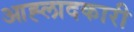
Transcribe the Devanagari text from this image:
आह्लादकारी